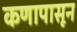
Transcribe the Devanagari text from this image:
कणापासून